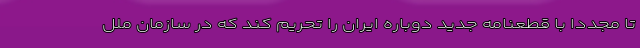
تا مجدداً با قطعنامه جدید دوباره ایران را تحریم کند که در سازمان ملل